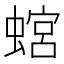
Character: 𧎡